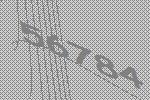
56784